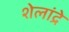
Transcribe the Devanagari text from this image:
शेलांद्रे